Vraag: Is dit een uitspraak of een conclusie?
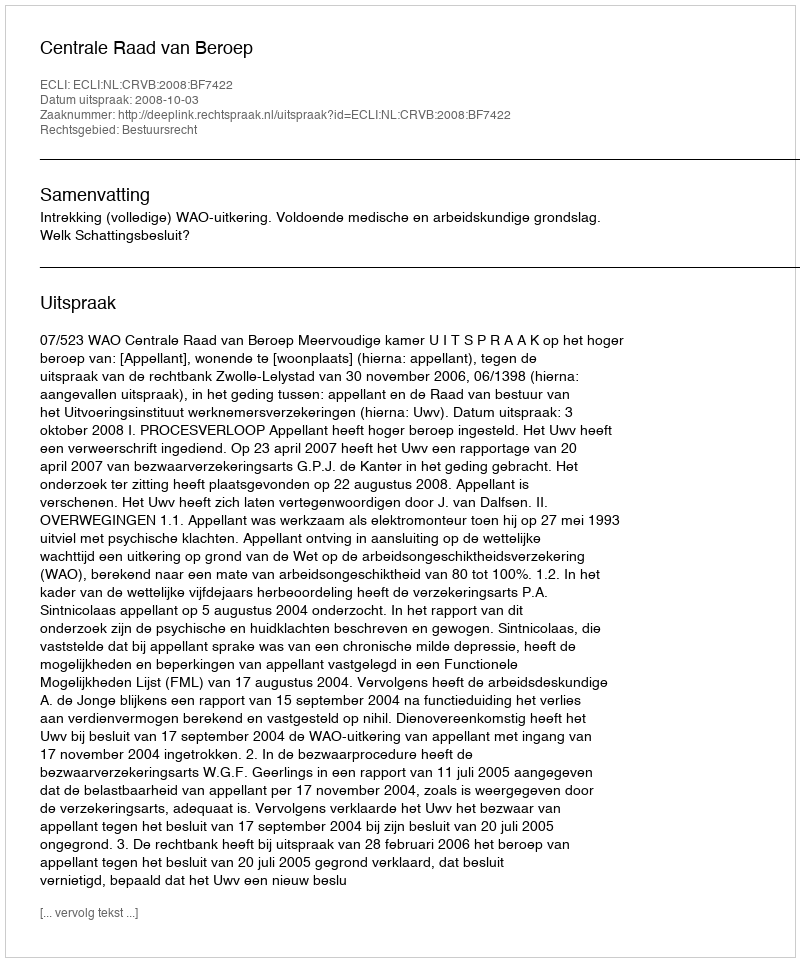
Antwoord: Uitspraak